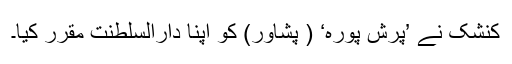
کنشک نے ’پرش پورہ‘ ( پشاور) کو اپنا دارالسلطنت مقرر کیا۔